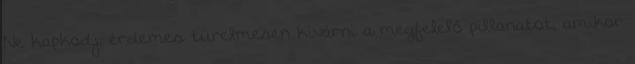
Ne kapkodj, érdemes türelmesen kivárni a megfelelő pillanatot, amikor